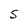
Character: S